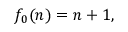
f _ { 0 } ( n ) = n + 1 ,